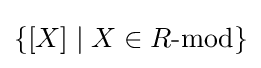
\{[X]\mid X\in R{\text{-mod}}\}